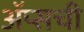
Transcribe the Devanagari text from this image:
ॲप्सची